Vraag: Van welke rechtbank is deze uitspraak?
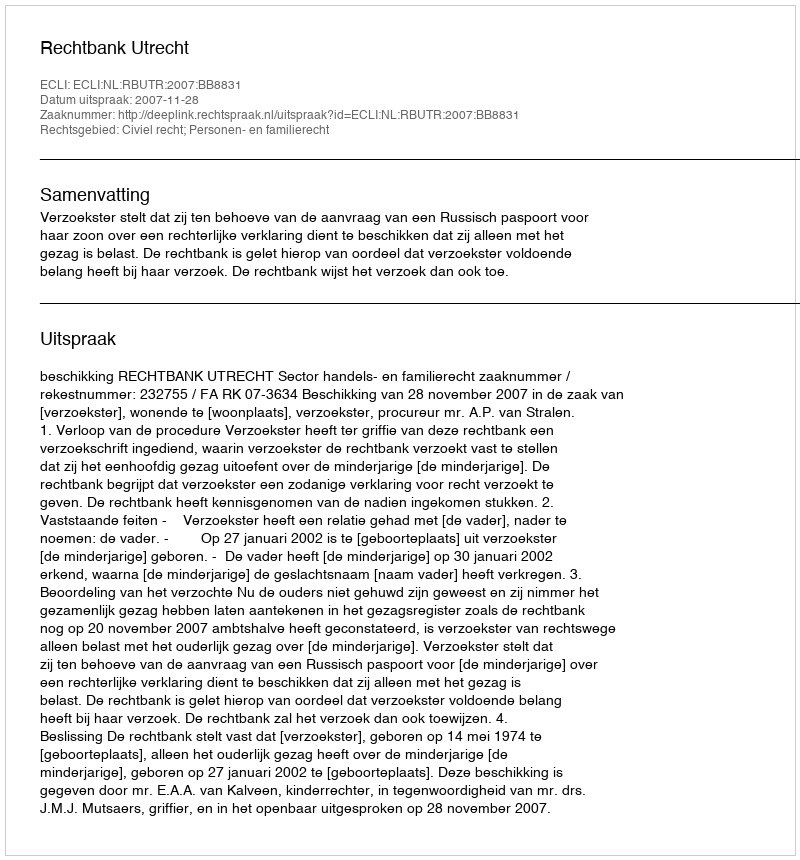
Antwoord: Rechtbank Utrecht